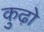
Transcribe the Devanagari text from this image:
कुढ़ो